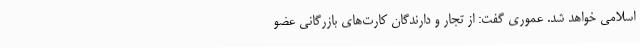
اسلامی خواهد شد. عموری گفت: از تجار و دارندگان کارت‌های بازرگانی عضو